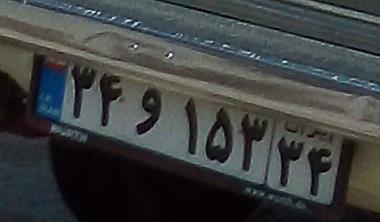
۳۴و۱۵۳۳۴